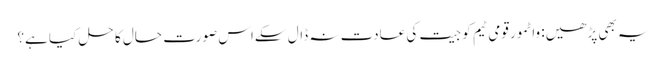
یہ بھی پڑھیں: واٹمور قومی ٹیم کو جیت کی عادت نہ ڈال سکےاس صورت حال کا حل کیا ہے؟